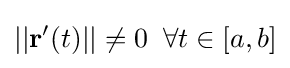
||\mathbf {r} '(t)||\neq 0\;\;\forall t\in [a,b]